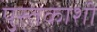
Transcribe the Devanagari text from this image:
पुस्तकाशी